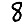
Digit: 8